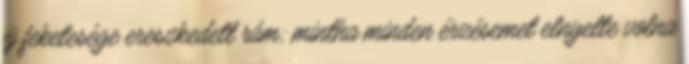
éj feketesége ereszkedett rám; mintha minden érzésemet elnyelte volna